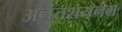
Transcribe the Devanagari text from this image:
अनंतशयनम